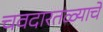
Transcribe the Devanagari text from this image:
चवदारतळ्याचे